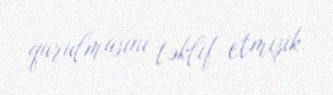
qurulmasını təklif etmişik.